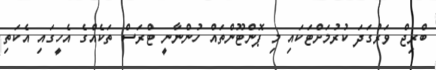
ބްރިޖް ވަރުގަދަ ކުރުމަށްޓަކައި މި ޕޮންޓޫންތައް ހުންނާނީ ޓްރަސް ތަކެއްގެ އެހީގައި އެކަތި